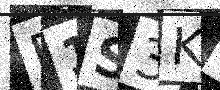
Text: P1S3KL